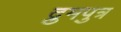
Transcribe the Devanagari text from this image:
द्रुमपुत्र